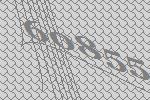
60855